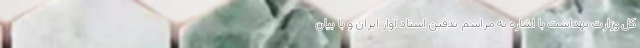
کل وزارت بهداشت با اشاره به مراسم تدفین استاد آواز ایران و با بیان